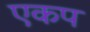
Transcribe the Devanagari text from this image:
एकप